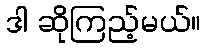
ဒါ ဆိုကြည့်မယ်။